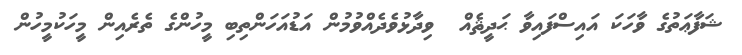
ޝަފާޢަތުގެ ވާހަކަ އައިސްފައިވާ ޙަދީޘެއް  ވިދާޅުވެދެއްވުމުން އަޑުއަހަންތިބި މީހުންގެ ތެރެއިން މީހަކުމީހުން